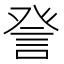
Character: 𧦴